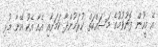
އެ މީހުން ފޮނުވުމުގެ މަސައްކަތް ކުރަމުންދާ ކަމަށާއި އެއާ އެކު އޭނާ މުޅި